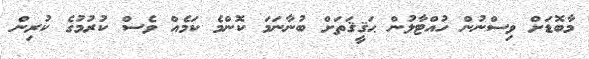
މާބޮޑަށް ވިސްނުން ހުއްޓާލުން ޙަޤީޤަތަށް ބުނާނަމަ ކޮންމެ ކަމެއް ވެސް ކުރުމުގެ ކުރިން